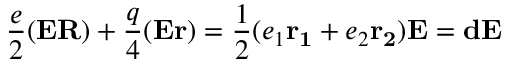
\frac e 2 ( { \bf E } { \bf R } ) + \frac q 4 ( { \bf E } { \bf r } ) = \frac 1 2 ( e _ { 1 } { \bf r _ { 1 } } + e _ { 2 } { \bf r _ { 2 } } ) { \bf E } = { \bf d } { \bf E }